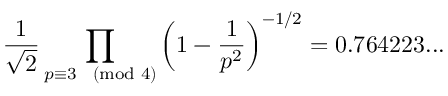
{ \frac { 1 } { \sqrt { 2 } } } \prod _ { p \equiv 3 { \pmod { 4 } } } \left( 1 - { \frac { 1 } { p ^ { 2 } } } \right) ^ { - 1 / 2 } = 0 . 7 6 4 2 2 3 . . .